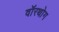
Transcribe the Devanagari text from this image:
वॉरथोग